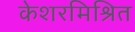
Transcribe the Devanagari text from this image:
केशरमिश्रित